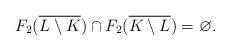
LaTeX: \begin{align*}F_2(\overline {L\setminus K})\cap F_2(\overline {K\setminus L}) = \varnothing.\end{align*}